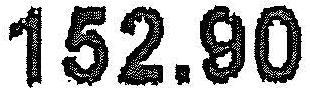
152.90